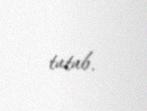
tutub.